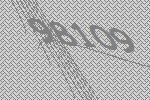
98109